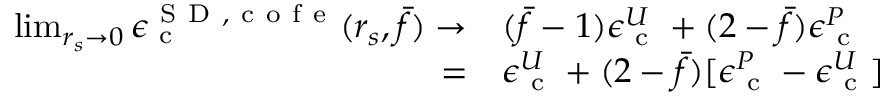
\begin{array} { r l } { \operatorname* { l i m } _ { r _ { s } \to 0 } \epsilon _ { \mathrm { ~ c ~ } } ^ { { \mathrm { ~ S ~ D ~ } } , \mathrm { ~ c ~ o ~ f ~ e ~ } } ( r _ { s } , \bar { f } ) \to } & { { } ( \bar { f } - 1 ) \epsilon _ { \mathrm { ~ c ~ } } ^ { U } + ( 2 - \bar { f } ) \epsilon _ { \mathrm { ~ c ~ } } ^ { P } } \\ { = } & { { } \epsilon _ { \mathrm { ~ c ~ } } ^ { U } + ( 2 - \bar { f } ) [ \epsilon _ { \mathrm { ~ c ~ } } ^ { P } - \epsilon _ { \mathrm { ~ c ~ } } ^ { U } ] } \end{array}